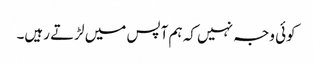
کوئی وجہ نہیں کہ ہم آپس میں لڑتے رہیں۔